Vaccination in Bombay 1889-1901 - 1889-1901
Year: 1889
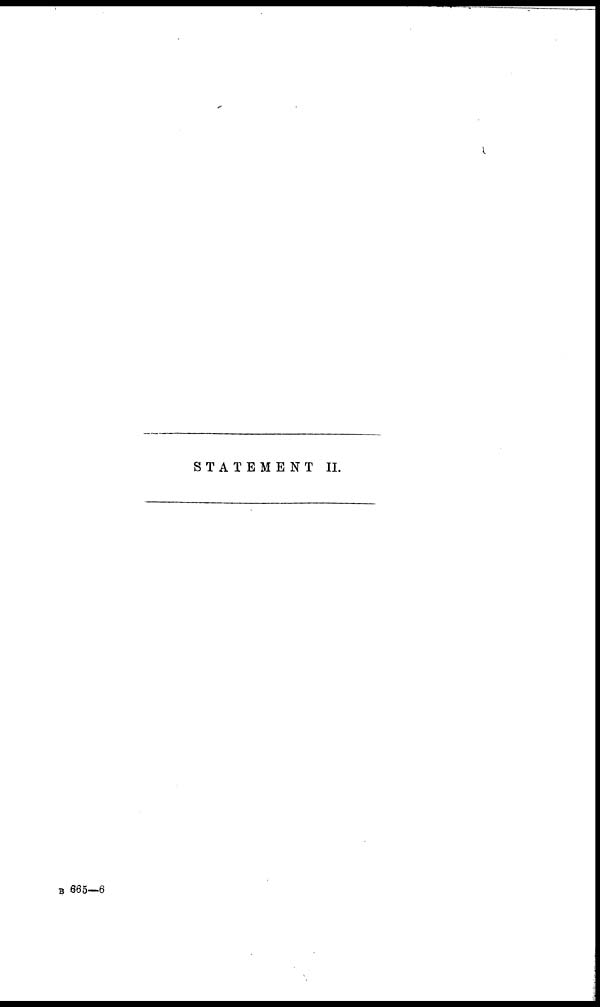
STATEMENT II.
B 665—6